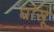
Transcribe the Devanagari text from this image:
धांसू